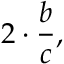
2 \cdot { \frac { b } { c } } , \quad